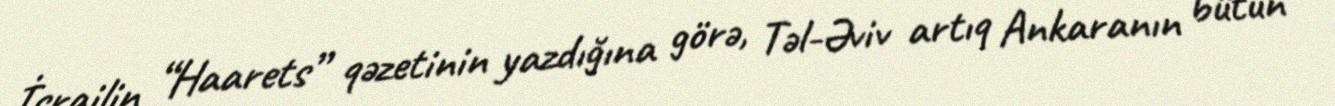
İsrailin “Haarets” qəzetinin yazdığına görə, Təl-Əviv artıq Ankaranın bütün